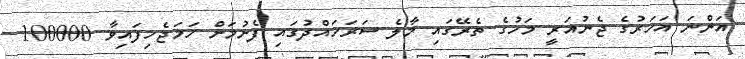
އަންނަ އަހަރުގެ ޖެނުއަރީ މަހުގެ ތެރޭގައި މާލެ ސަރަހައްދުގައި ފެށުމަށް ހަމަޖެހިފައިވާ 100000